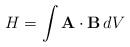
\begin{align*} H = \int {\bf A} \cdot {\bf B} \,dV\end{align*}